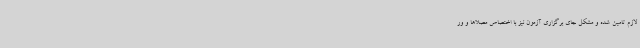
لازم تامین شده و مشکل جای برگزاری آزمون نیز با اختصاص مصلاها و ور